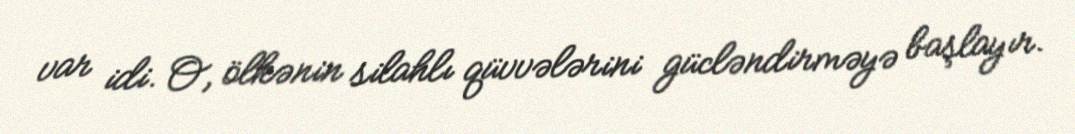
var idi. O, ölkənin silahlı qüvvələrini gücləndirməyə başlayır.